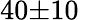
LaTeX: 40{\pm}10\